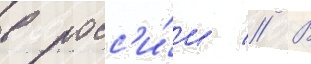
в росс'и́и // В